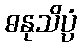
ဓနုသိပ္ပံ